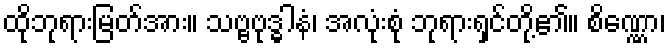
ထိုဘုရားမြတ်အား။ သဗ္ဗဗုဒ္ဓါနံ၊ အလုံးစုံ ဘုရားရှင်တို့၏။ စိဏ္ဏော၊